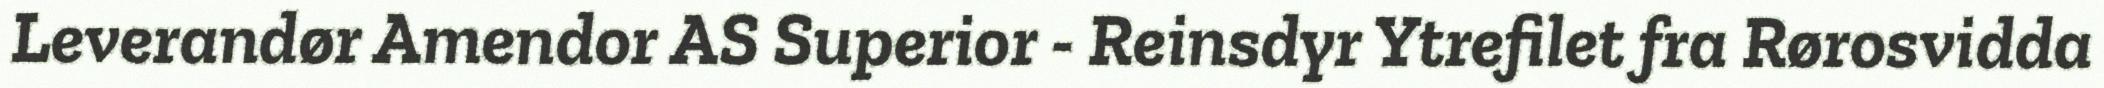
Leverandør Amendor AS Superior - Reinsdyr Ytrefilet fra Rørosvidda